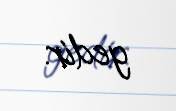
gedir.